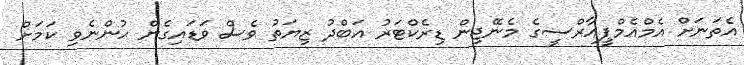
އެތަނަށް އެމްއެމްޕީއާރްސީގެ މެނޭޖިން ޑިރެކްޓަރު އަބްދު ޒިޔަތު ވެސް ވަޑައިގެން ހުންނެވި ކަމަށް